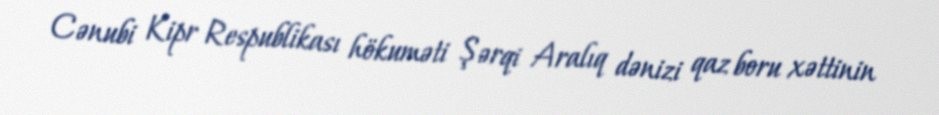
Cənubi Kipr Respublikası hökuməti Şərqi Aralıq dənizi qaz boru xəttinin